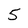
Character: 5